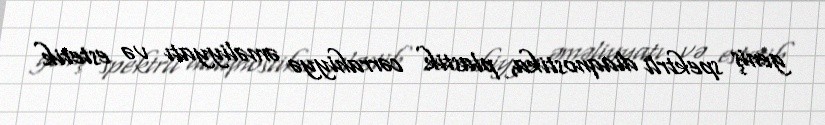
geniş spektrli diaqnostika, plastik cərrahiyyə əməliyyatı və estetik